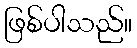
ဖြစ်ပါသည်။